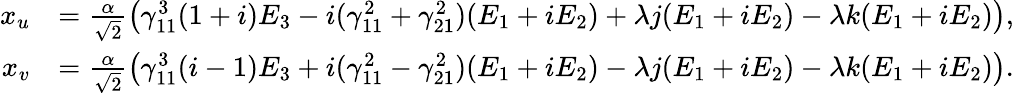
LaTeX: \begin{array}{rl}{x_{u}}&{=\frac{\alpha}{\sqrt{2}}\left(\gamma_{11}^{3}(1+i)E_{3}-i(\gamma_{11}^{2}+\gamma_{21}^{2})(E_{1}+iE_{2})+\lambda j(E_{1}+iE_{2})-\lambda k(E_{1}+iE_{2})\right),}\\ {x_{v}}&{=\frac{\alpha}{\sqrt{2}}\left(\gamma_{11}^{3}(i-1)E_{3}+i(\gamma_{11}^{2}-\gamma_{21}^{2})(E_{1}+iE_{2})-\lambda j(E_{1}+iE_{2})-\lambda k(E_{1}+iE_{2})\right).}\end{array}